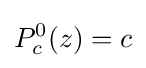
P_{c}^{0}(z)=c